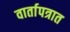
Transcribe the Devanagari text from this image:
वार्तापत्रात